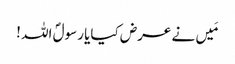
مَیں نے عرض کیایا رسولؐ اللہ !